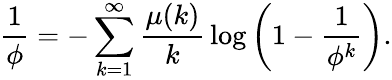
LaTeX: {\frac{1}{\phi}}=-\sum_{k=1}^{\infty}{\frac{\mu(k)}{k}}\log\left(1-{\frac{1}{\phi^{k}}}\right).